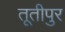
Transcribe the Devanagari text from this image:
तूतीपुर